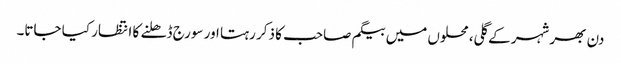
دن بھر شہر کے گلی، محلوں میں بیگم صاحب کا ذکر رہتا اور سورج ڈھلنے کا انتظار کیا جاتا۔